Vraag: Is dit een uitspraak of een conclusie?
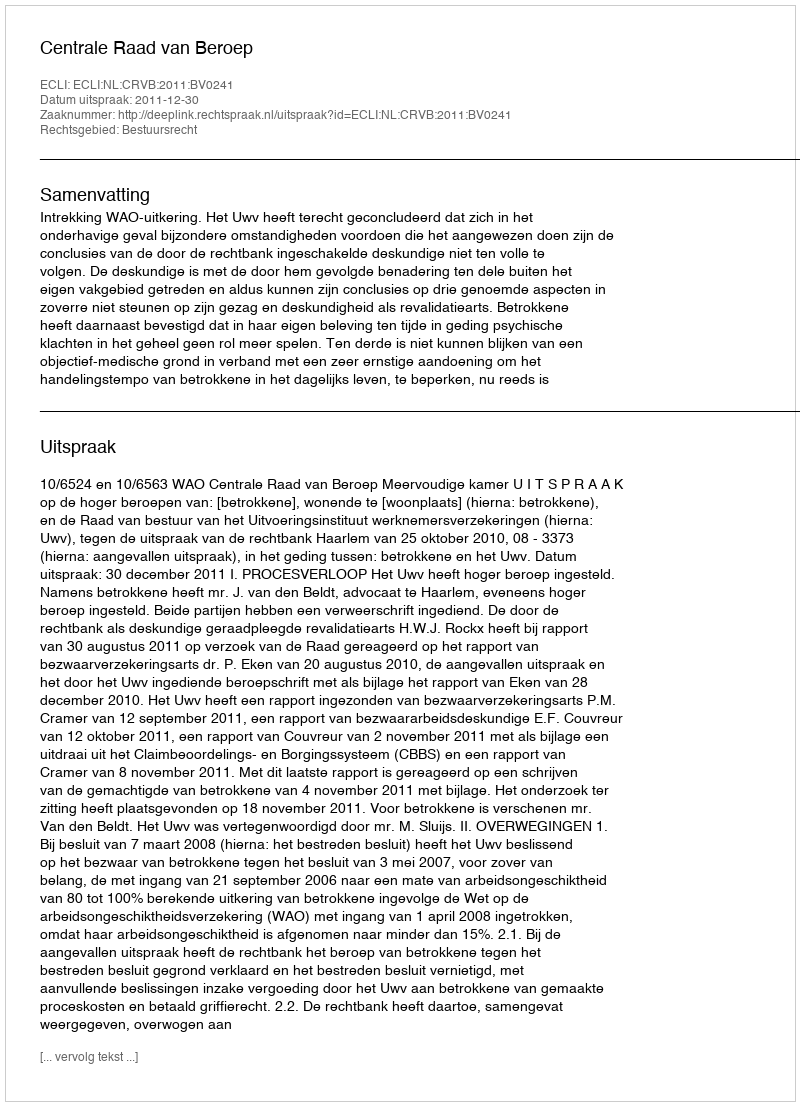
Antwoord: Uitspraak